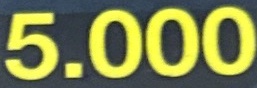
5.000